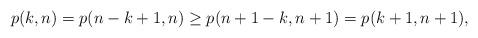
LaTeX: \begin{align*}p(k,n)=p(n-k+1,n)\ge p(n+1-k,n+1)=p(k+1,n+1),\end{align*}